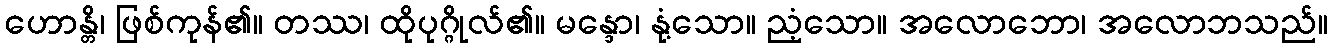
ဟောန္တိ၊ ဖြစ်ကုန်၏။ တဿ၊ ထိုပုဂ္ဂိုလ်၏။ မန္ဒော၊ နုံ့သော။ ညံ့သော။ အလောဘော၊ အလောဘသည်။